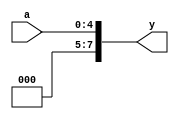
module zeroext7(input   [4:0] a,output [7:0] y);
reg c=1'b0;
 assign y = {{5{c}}, a};
endmodule